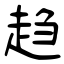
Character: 趋